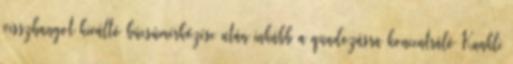
visszhangot kiváltó búcsúmérkőzése után inkább a quadozásra koncentráló Kunkli